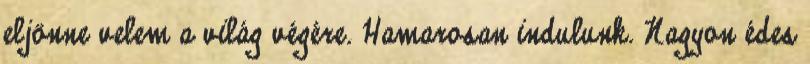
eljönne velem a világ végére. Hamarosan indulunk. Nagyon édes